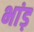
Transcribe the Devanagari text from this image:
भांड़